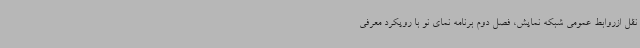
نقل ازروابط عمومی شبکه نمایش، فصل دوم برنامه نمای نو با رویکرد معرفی